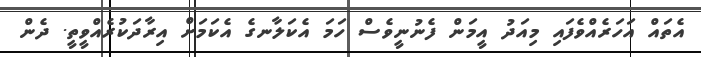
އެތައް އަހަރެއްވެފައި މިއަދު އީމަން ފެނުނީވެސް ހަމަ އެކަލާނގެ އެކަމަށް އިރާދަކުރެއްވީތީ. ދެން